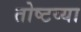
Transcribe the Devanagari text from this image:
तोष्टय्या